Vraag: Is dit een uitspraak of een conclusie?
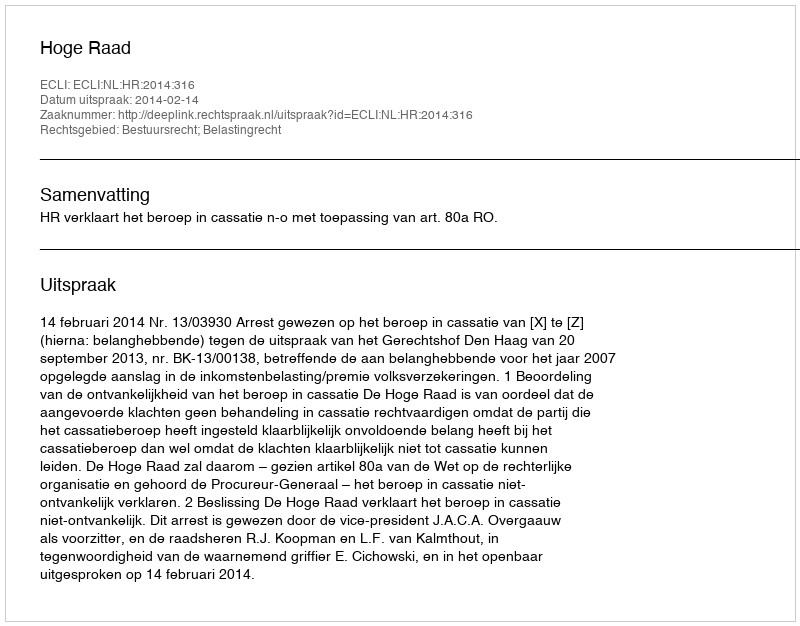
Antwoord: Uitspraak